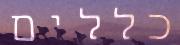
כללים